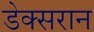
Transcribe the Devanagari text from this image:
डेक्सरान